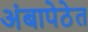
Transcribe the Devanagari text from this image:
अंबापेठेत